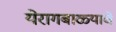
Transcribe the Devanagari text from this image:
येरागबाळ्याचे